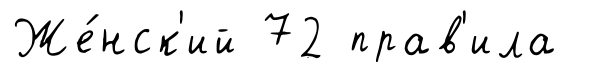
Же́нск'ий 72 прав'ила